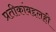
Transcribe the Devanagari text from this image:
प्रतीकांबद्दलही